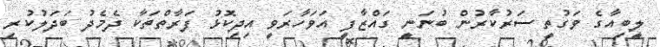
ލީބިއާގެ ވަގުތީ ސަރުކާރުން ބުނަނީ ގައްޒާފީ އަވަހާރަވީ އިދިކޮޅު ފަރާތްތަކާ ދެމެދު ބަދަލުކުރި